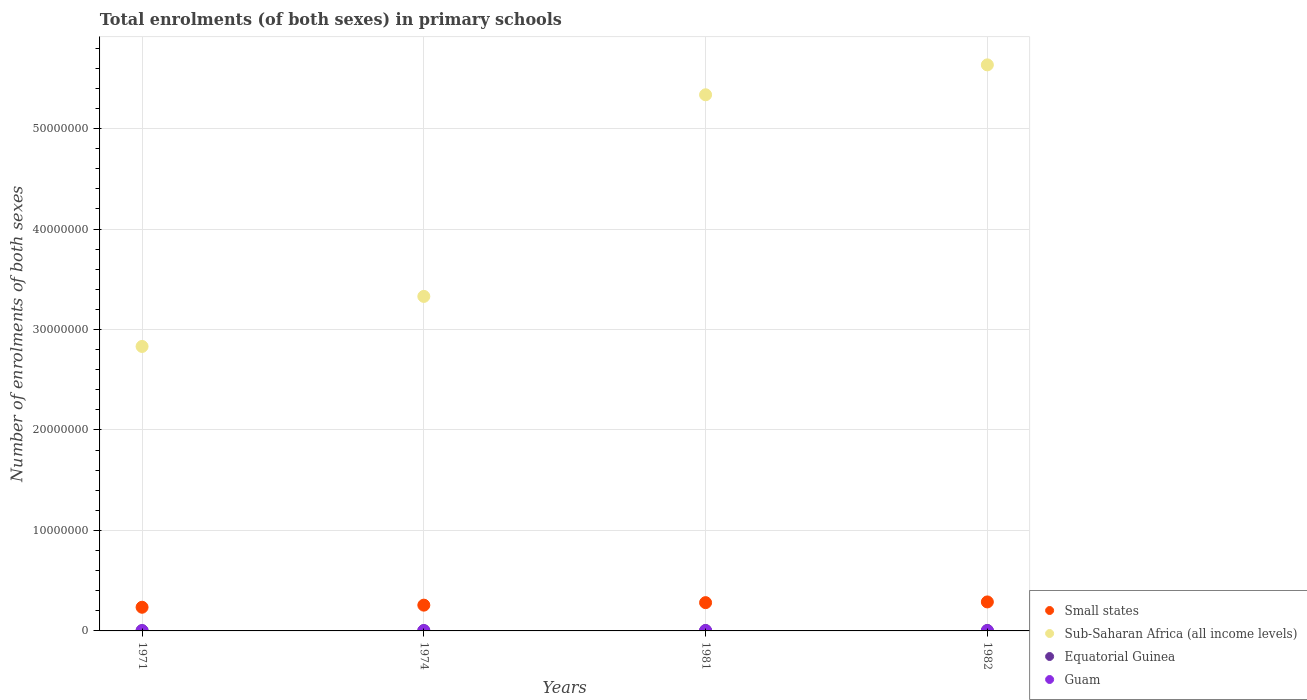
| Years | Small states | Sub-Saharan Africa (all income levels) | Equatorial Guinea | Guam |
 | --- | --- | --- | --- | --- |
 | 1971 | 2.36e+06 | 2.83e+07 | 3.16e+04 | 1.79e+04 |
 | 1974 | 2.57e+06 | 3.33e+07 | 3.6e+04 | 1.85e+04 |
 | 1981 | 2.81e+06 | 5.34e+07 | 4.45e+04 | 1.81e+04 |
 | 1982 | 2.89e+06 | 5.63e+07 | 4.54e+04 | 1.79e+04 |